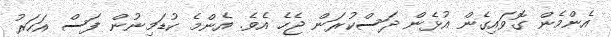
އެންމެން ގޮވައިގެން އުޅެން ދަސްކުރަން ޖެހެ އެވެ. އެންމެ ކުޑަމިނުން ފަސް އަހަރު